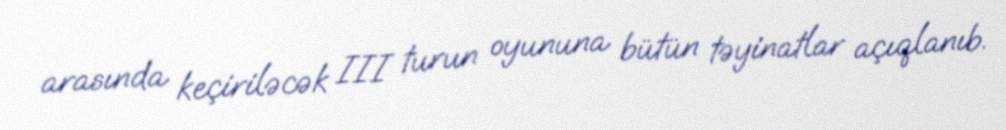
arasında keçiriləcək III turun oyununa bütün təyinatlar açıqlanıb.